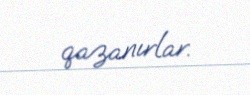
qazanırlar.